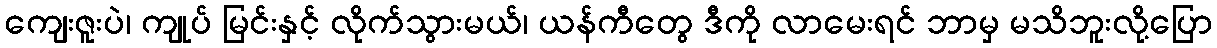
ကျေးဇူးပဲ၊ ကျုပ် မြင်းနှင့် လိုက်သွားမယ်၊ ယန်ကီတွေ ဒီကို လာမေးရင် ဘာမှ မသိဘူးလို့ပြော